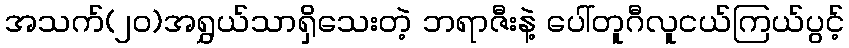
အသက်(၂၀)အရွှယ်သာရှိသေးတဲ့ ဘရာဇီးနဲ့ ပေါ်တူဂီလူငယ်ကြယ်ပွင့်